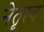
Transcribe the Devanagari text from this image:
नेतृष्त्व